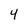
Character: 4